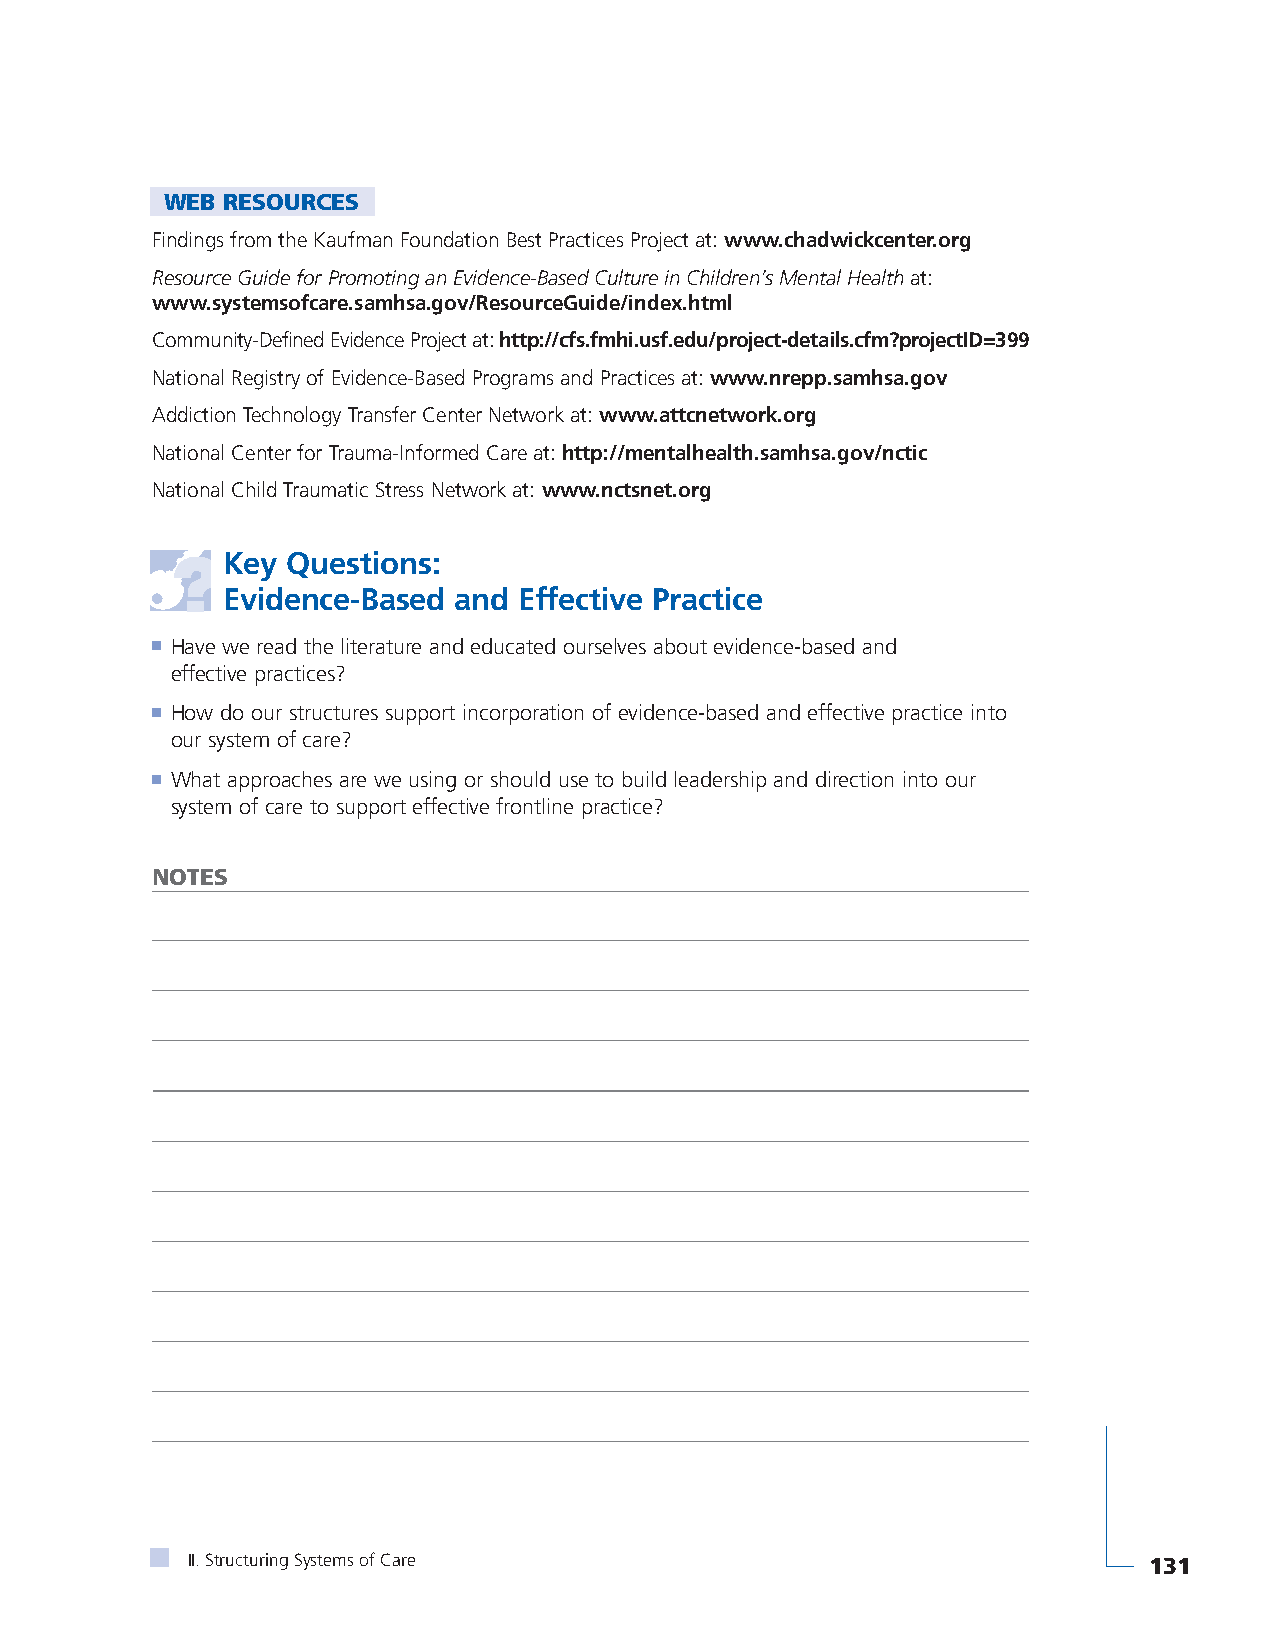
WEB RESOURCES
 Findings from the Kaufman Foundation Best Practices Project at: www.chadwickcenter.org
 Resource Guide for Promoting an Evidence-Based Culture in Children’s Mental Healthat:
 www.systemsofcare.samhsa.gov/ResourceGuide/index.html
 Community-Defined Evidence Project at: http://cfs.fmhi.usf.edu/project-details.cfm?projectID=399
 National Registry of Evidence-Based Programs and Practices at: www.nrepp.samhsa.gov
 Addiction Technology Transfer Center Network at: www.attcnetwork.org
 National Center for Trauma-Informed Care at: http://mentalhealth.samhsa.gov/nctic
 National Child Traumatic Stress Network at: www.nctsnet.org
 Key Questions:
 Evidence-Based and Effective Practice
 ■ Have we read the literature and educated ourselves about evidence-based and
 effective practices?
 ■ How do our structures support incorporation of evidence-based and effective practice into
 our system of care?
 ■ What approaches are we using or should use to build leadership and direction into our
 system of care to support effective frontline practice?
 NOTES
 II. Structuring Systems of Care                                 131